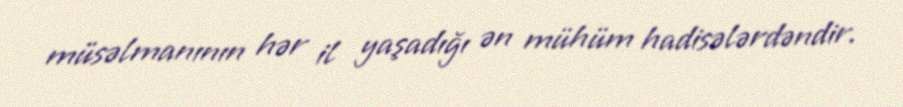
müsəlmanının hər il yaşadığı ən mühüm hadisələrdəndir.